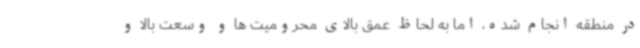
در منطقه انجام شده، اما به لحاظ عمق بالای محرومیت ها و وسعت بالا و